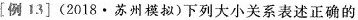
[例 13](2018·苏州模拟)下列大小关系表述正确的